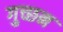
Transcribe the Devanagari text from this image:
गुच्छन